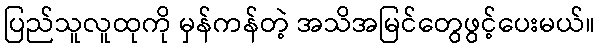
ပြည်သူလူထုကို မှန်ကန်တဲ့ အသိအမြင်တွေဖွင့်ပေးမယ်။